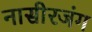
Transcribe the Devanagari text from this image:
नासीरजंग